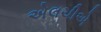
એલચીએ